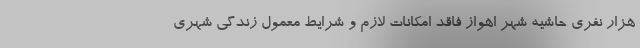
هزار نفری حاشیه شهر اهواز فاقد امکانات لازم و شرایط معمول زندگی شهری